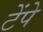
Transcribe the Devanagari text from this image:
टेंपे